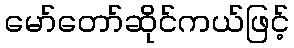
မော်တော်ဆိုင်ကယ်ဖြင့်